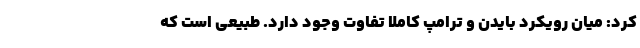
کرد: میان رویکرد بایدن و ترامپ کاملا تفاوت وجود دارد. طبیعی است که